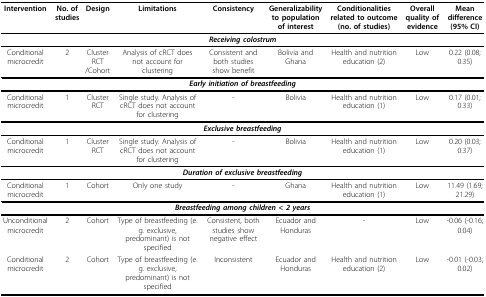
| Intervention | No. of studies | Design | Limitations | Consistency | Generalizability to population of interest | Conditionalities related to outcome (no. of studies) | Overall quality of evidence | Mean difference (95% CI) |
 | --- | --- | --- | --- | --- | --- | --- | --- | --- |
 | <COLSPAN=9> Receiving colostrum |
 | Conditional microcredit | 2 | Cluster RCT /Cohort | Analysis of cRCT does not account for clustering | Consistent and both studies show benefit | Bolivia and Ghana | Health and nutrition education (2) | Low | 0.22 (0.08; 0.35) |
 | <COLSPAN=9> Early initiation of breastfeeding |
 | Conditional microcredit | 1 | Cluster RCT | Single study. Analysis of cRCT does not account for clustering | - | Bolivia | Health and nutrition education (1) | Low | 0.17 (0.01; 0.33) |
 | <COLSPAN=9> Exclusive breastfeeding |
 | Conditional microcredit | 1 | Cluster RCT | Single study. Analysis of cRCT does not account for clustering | - | Bolivia | Health and nutrition education (1) | Low | 0.20 (0.03; 0.37) |
 | <COLSPAN=9> Duration of exclusive breastfeeding |
 | Conditional microcredit | 1 | Cohort | Only one study | - | Ghana | Health and nutrition education (1) | Low | 11.49 (1.69; 21.29) |
 | <COLSPAN=9> Breastfeeding among children < 2 years |
 | Unconditional microcredit | 2 | Cohort | Type of breastfeeding (e.g. exclusive, predominant) is not specified | Consistent, both studies show negative effect | Ecuador and Honduras | - | Low | -0.06 (-0.16; 0.04) |
 | Conditional microcredit | 2 | Cohort | Type of breastfeeding (e.g. exclusive, predominant) is not specified | Inconsistent | Ecuador and Honduras | Health and nutrition education (2) | Low | -0.01 (-0.03; 0.02) |